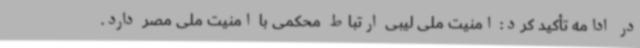
در ادامه تأکید کرد: امنیت ملی لیبی ارتباط محکمی با امنیت ملی مصر دارد.